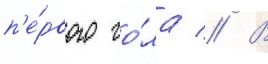
п'е́рвого го́ла // В